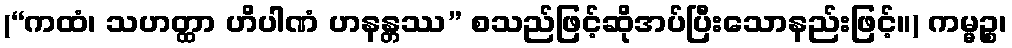
(“ကထံ၊ သဟတ္ထာ ဟိပါဏံ ဟနန္တဿ” စသည်ဖြင့်ဆိုအပ်ပြီးသောနည်းဖြင့်။) ကမ္မဉ္စ၊